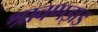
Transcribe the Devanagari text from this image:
श्रावणझड